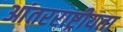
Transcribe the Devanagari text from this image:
आंतरराष्ट्रीयता